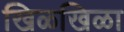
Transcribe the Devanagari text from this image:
खिळखिळा